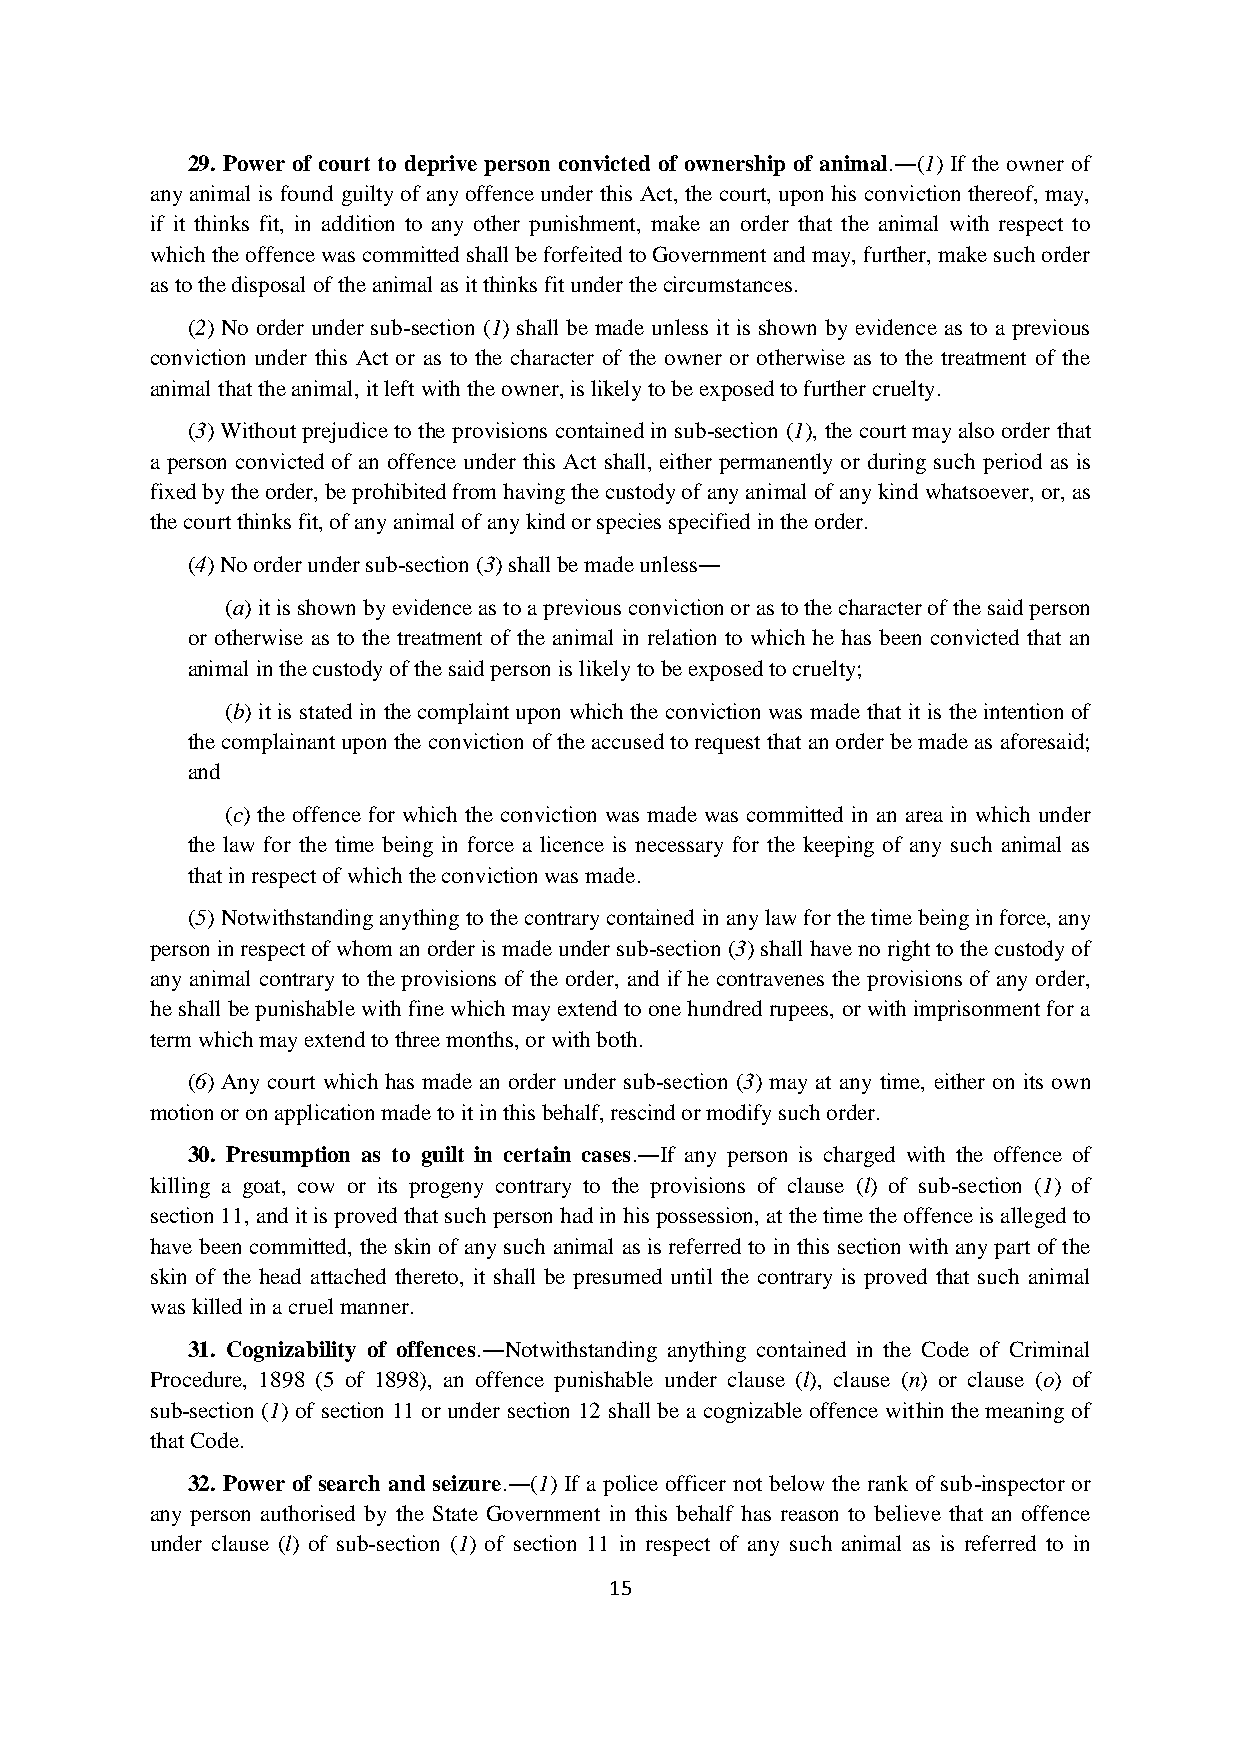
29. Power of court to deprive person convicted of ownership of animal.―(1) If the owner of
 any animal is found guilty of any offence under this Act, the court, upon his conviction thereof, may,
 if it thinks fit, in addition to any other punishment, make an order that the animal with respect to
 which the offence was committed shall be forfeited to Government and may, further, make such order
 as to the disposal of the animal as it thinks fit under the circumstances.
 (2) No order under sub-section (1) shall be made unless it is shown by evidence as to a previous
 conviction under this Act or as to the character of the owner or otherwise as to the treatment of the
 animal that the animal, it left with the owner, is likely to be exposed to further cruelty.
 (3) Without prejudice to the provisions contained in sub-section (1), the court may also order that
 a person convicted of an offence under this Act shall, either permanently or during such period as is
 fixed by the order, be prohibited from having the custody of any animal of any kind whatsoever, or, as
 the court thinks fit, of any animal of any kind or species specified in the order.
 (4) No order under sub-section (3) shall be made unless―
 (a) it is shown by evidence as to a previous conviction or as to the character of the said person
 or otherwise as to the treatment of the animal in relation to which he has been convicted that an
 animal in the custody of the said person is likely to be exposed to cruelty;
 (b) it is stated in the complaint upon which the conviction was made that it is the intention of
 the complainant upon the conviction of the accused to request that an order be made as aforesaid;
 and
 (c) the offence for which the conviction was made was committed in an area in which under
 the law for the time being in force a licence is necessary for the keeping of any such animal as
 that in respect of which the conviction was made.
 (5) Notwithstanding anything to the contrary contained in any law for the time being in force, any
 person in respect of whom an order is made under sub-section (3) shall have no right to the custody of
 any animal contrary to the provisions of the order, and if he contravenes the provisions of any order,
 he shall be punishable with fine which may extend to one hundred rupees, or with imprisonment for a
 term which may extend to three months, or with both.
 (6) Any court which has made an order under sub-section (3) may at any time, either on its own
 motion or on application made to it in this behalf, rescind or modify such order.
 30. Presumption as to guilt in certain cases.―If any person is charged with the offence of
 killing a goat, cow or its progeny contrary to the provisions of clause (l) of sub-section (1) of
 section 11, and it is proved that such person had in his possession, at the time the offence is alleged to
 have been committed, the skin of any such animal as is referred to in this section with any part of the
 skin of the head attached thereto, it shall be presumed until the contrary is proved that such animal
 was killed in a cruel manner.
 31. Cognizability of offences.―Notwithstanding anything contained in the Code of Criminal
 Procedure, 1898 (5 of 1898), an offence punishable under clause (l), clause (n) or clause (o) of
 sub-section (1) of section 11 or under section 12 shall be a cognizable offence within the meaning of
 that Code.
 32. Power of search and seizure.―(1) If a police officer not below the rank of sub-inspector or
 any person authorised by the State Government in this behalf has reason to believe that an offence
 under clause (l) of sub-section (1) of section 11 in respect of any such animal as is referred to in
 15